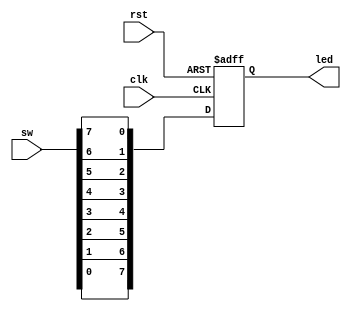
`timescale 1ns / 1ps
//////////////////////////////////////////////////////////////////////////////////
// Company: 
// Engineer: 
// 
// Design Name: 
// Module Name: test
// Project Name: 
// Target Devices: 
// Tool Versions: 
// Description: 
// 
// Dependencies: 
// 
// Revision:
// Revision 0.01 - File Created
// Additional Comments:
// 
//////////////////////////////////////////////////////////////////////////////////


module test(
    input clk,
    input rst,
    input [7:0] sw,
    output reg [7:0] led
    );
    always@(posedge clk or posedge rst)
    begin
        if(rst) led = 8'b0;
        else led = {sw[0],sw[1],sw[2],sw[3],sw[4],sw[5],sw[6],sw[7]};
    end
endmodule